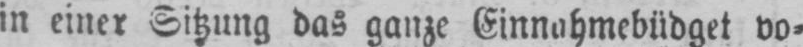
in einer Sitzung das ganze Einnahmebüdget vo⸗